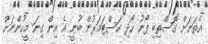
އެތަނަށް ގޮސްތިބި ފޯނު ހޯދި ކަސްޓަމަރުން ބުނީ އެ އިން ގިނަ މީހުންނަށް